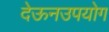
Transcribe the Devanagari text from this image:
देऊनउपयोग